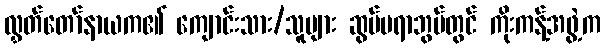
လွှတ်တော်နာယက၏ ကျောင်းသား/သူများ ဆွမ်ပရာဘွမ်တွင် ကိုးကန့်အဖွဲ့က